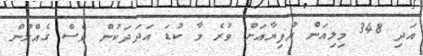
އަދި 348 މިލިއަން ރުފިޔާއަށް ވުރެ މާ ކުޑަ އަދަދަކުން ވެސް ގެއްލުން